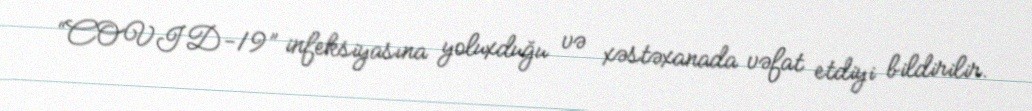
“COVID-19” infeksiyasına yoluxduğu və xəstəxanada vəfat etdiyi bildirilir.